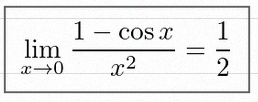
\lim_{x\to0}\frac{1-\cos x}{x^2}=\frac12